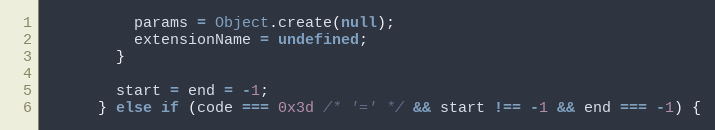
Language: JavaScript
          params = Object.create(null);
          extensionName = undefined;
        }

        start = end = -1;
      } else if (code === 0x3d /* '=' */ && start !== -1 && end === -1) {